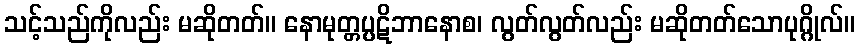
သင့်သည်ကိုလည်း မဆိုတတ်။ နောမုတ္တပ္ပဋိဘာနောစ၊ လွတ်လွတ်လည်း မဆိုတတ်သောပုဂ္ဂိုလ်။